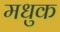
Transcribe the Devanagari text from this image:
मधुक